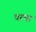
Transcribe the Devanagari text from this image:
धरमा